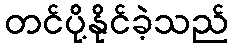
တင်ပို့နိုင်ခဲ့သည်